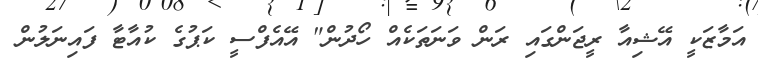
އަމާޒަކީ އޭޝިއާ ރީޖަންގައި ރަން ވަނަތަކެއް ހޯދުން" އޭއެފްސީ ކަޕުގެ ކުއާޓާ ފައިނަލުން